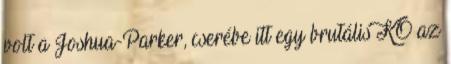
volt a Joshua-Parker, cserébe itt egy brutális KO az